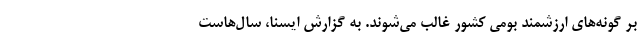
بر گونه‌های ارزشمند بومی کشور غالب می‌شوند. به گزارش ایسنا، سال‌هاست